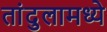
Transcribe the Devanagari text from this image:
तांदुलामध्ये